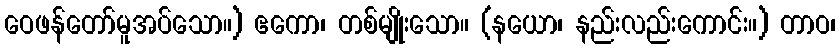
ဝေဖန်တော်မူအပ်သော။) ဧကော၊ တစ်မျိုးသော။ (နယော၊ နည်းလည်းကောင်း။) တာဝ၊